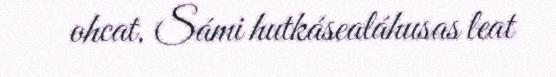
ohcat. Sámi hutkásealáhusas leat